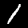
Label: 1